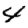
Digit: 4